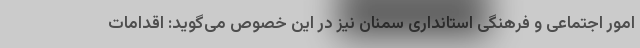
امور اجتماعی و فرهنگی استانداری سمنان نیز در این خصوص می‌گوید: اقدامات